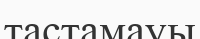
тастамауы